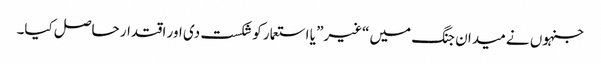
جنہوں نے میدان جنگ میں “غیر” یا استعمار کو شکست دی اور اقتدار حاصل کیا۔